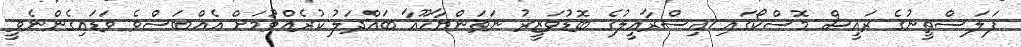
ފަލަސްތީނުގެ ރައީސް މޮސްކޯގައި އިސްރާއީލުގެ ބޮޑުވަޒީރު ނަތަންޔާހޫއާ ބައްދަލު ކުރެއްވުމަށް އެއްބަސްވެ ވަޑައިގެންނެވީ